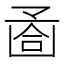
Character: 𠚔